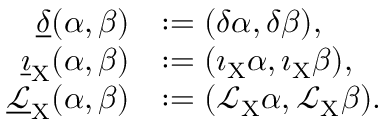
\begin{array} { r l } { \underline { { \delta } } ( \alpha , \beta ) } & { : = ( \delta \alpha , \delta \beta ) , } \\ { \underline { { \imath } } _ { \mathrm { X } } ( \alpha , \beta ) } & { : = ( \imath _ { \mathrm { X } } \alpha , \imath _ { \mathrm { X } } \beta ) , } \\ { \underline { { \mathcal { L } } } _ { \mathrm { X } } ( \alpha , \beta ) } & { : = ( \mathcal { L } _ { \mathrm { X } } \alpha , \mathcal { L } _ { \mathrm { X } } \beta ) . } \end{array}